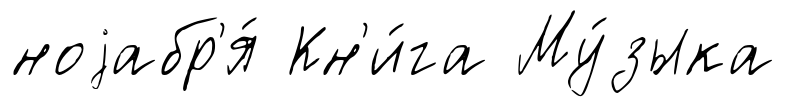
ноjабр'я́ Кн'и́га Му́зыка